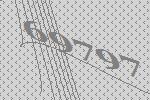
69797